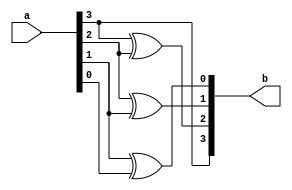
module bcdtogray (a, b);
	input [3:0]a;
	output [3:0]b;
	
	and a1(b[3], a[3], 1);
	xor x1(b[2], a[3], a[2]);
	xor x2(b[1], a[2], a[1]);
	xor x3(b[0], a[1], a[0]);
endmodule